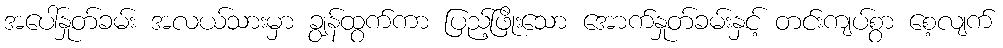
အပေါ်နှုတ်ခမ်း အလယ်သားမှာ ချွန်ထွက်ကာ ပြည့်ဖြိုးသော အောက်နှုတ်ခမ်းနှင့် တင်းကျပ်စွာ စေ့လျက်